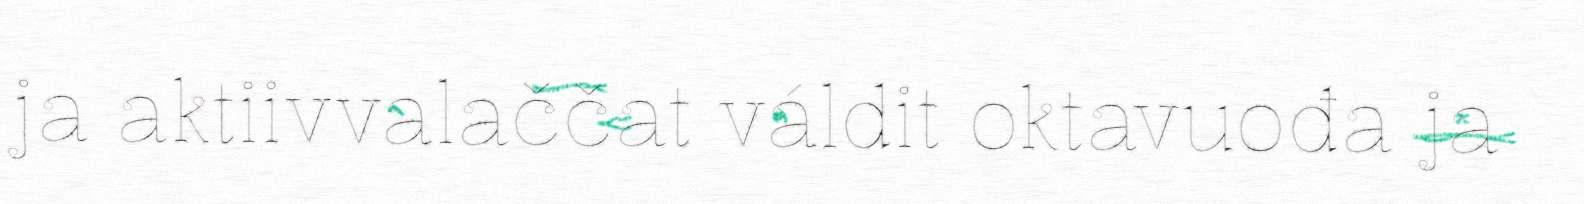
ja aktiivvalaččat váldit oktavuođa ja